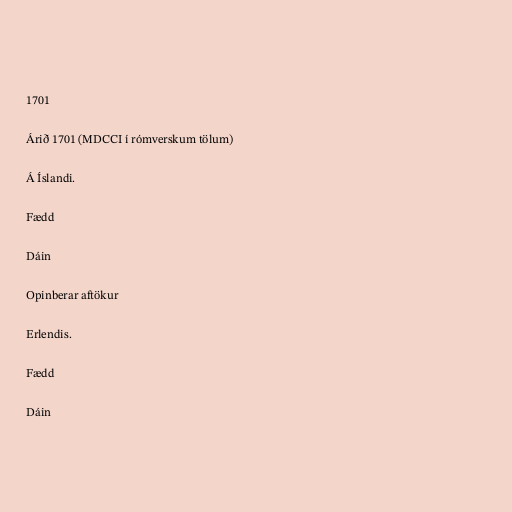
1701

Árið 1701 (MDCCI í rómverskum tölum)

Á Íslandi.

Fædd

Dáin

Opinberar aftökur

Erlendis.

Fædd

Dáin